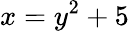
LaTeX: x=y^{2}+5